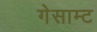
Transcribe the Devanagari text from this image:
गेसाम्ट